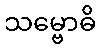
သမ္ဗောဓိ